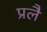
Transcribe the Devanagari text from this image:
प्रलै